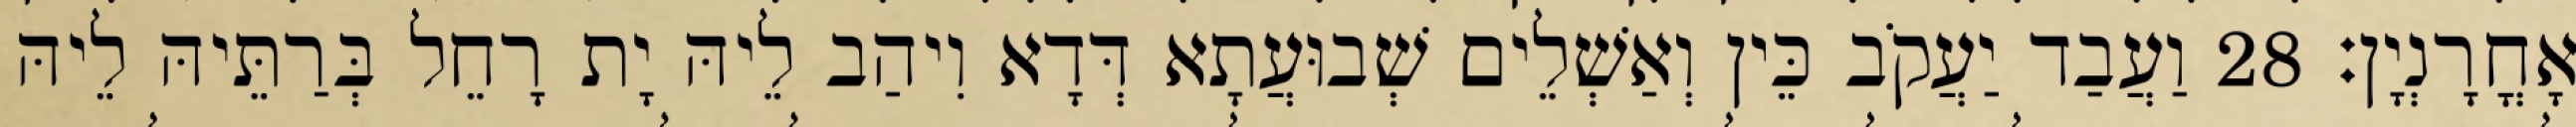
אָחֳרָנְיָן׃ 28 וַעֲבַד יַעֲקֹב כֵּין וְאַשְׁלֵים שְׁבוּעֲתָא דְּדָא וִיהַב לֵיהּ יָת רָחֵל בְּרַתֵּיהּ לֵיהּ